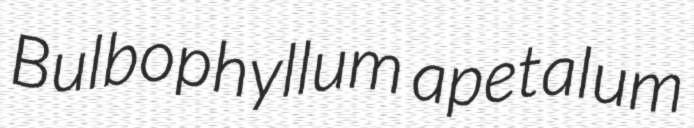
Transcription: Bulbophyllum apetalum